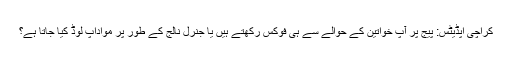
کراچی اپڈیٹس: پیج پر آپ خواتین کے حوالے سے ہی فوکس رکھتے ہیں یا جنرل نالج کے طور پر مواداپ لوڈ کیا جاتا ہے؟